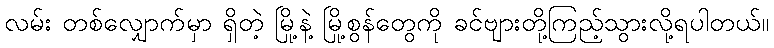
လမ်း တစ်လျှောက်မှာ ရှိတဲ့ မြို့နဲ့ မြို့စွန်တွေကို ခင်ဗျားတို့ကြည့်သွားလို့ရပါတယ်။